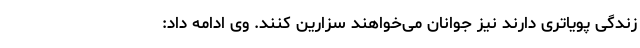
زندگی پویاتری دارند نیز جوانان می‌خواهند سزارین کنند. وی ادامه داد: